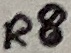
Text: R8